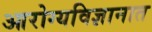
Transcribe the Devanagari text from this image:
आरोग्यविज्ञानात